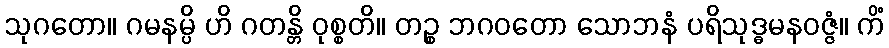
သုဂတော။ ဂမနမ္ပိ ဟိ ဂတန္တိ ဝုစ္စတိ။ တဉ္စ ဘဂဝတော သောဘနံ ပရိသုဒ္ဓမနဝဇ္ဇံ။ ကိံ